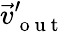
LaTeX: \vec{v}_{\mathrm{~o~u~t~}}^{\prime}